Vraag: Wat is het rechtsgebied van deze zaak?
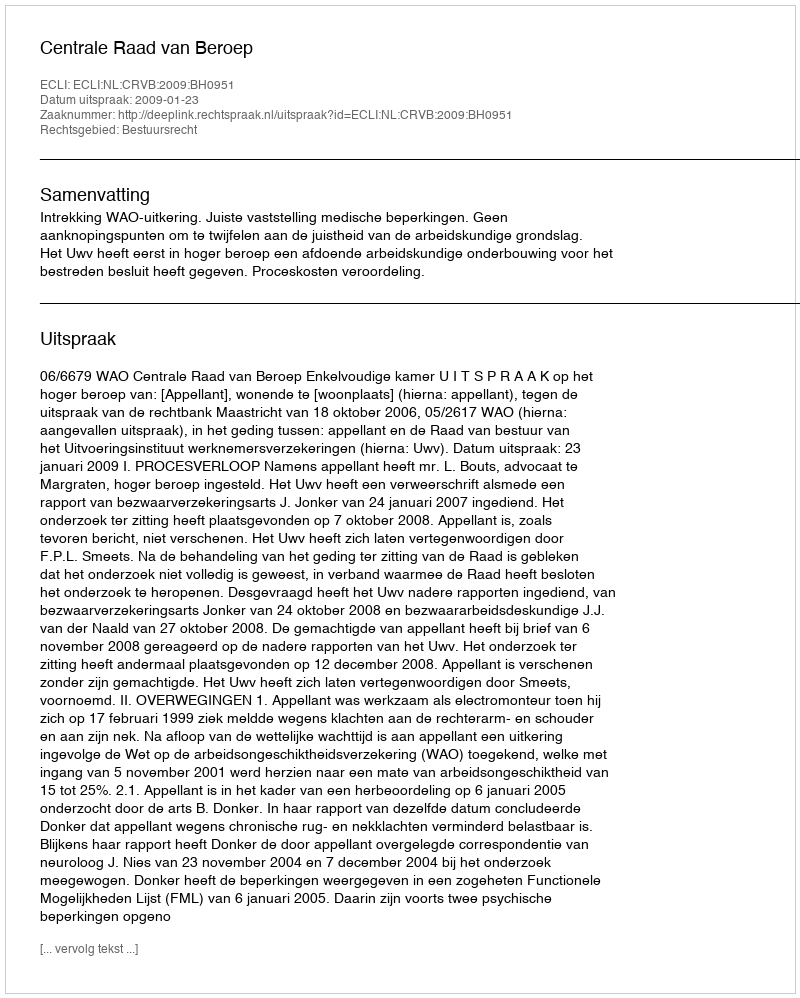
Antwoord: Bestuursrecht